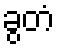
ခွတံ